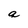
Character: q